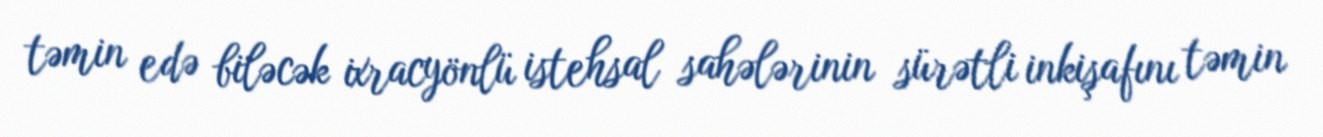
təmin edə biləcək ixracyönlü istehsal sahələrinin sürətli inkişafını təmin